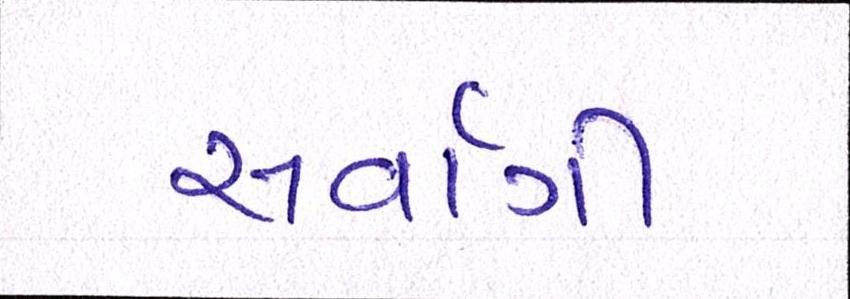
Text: સર્વાગી